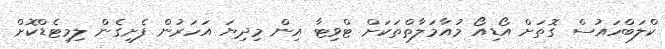
ކްލަބްހައުސް ގޮތަށް އޯޑިއޯ މުއާމަލާތްތަކަށް ޓްވިޓާ އިން މިދިޔަ އަހަރުން ފެށިގެން ލިމިޓެޑްކޮށް